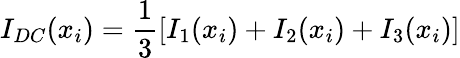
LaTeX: I_{DC}(x_{i})=\frac{1}{3}[I_{1}(x_{i})+I_{2}(x_{i})+I_{3}(x_{i})]